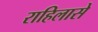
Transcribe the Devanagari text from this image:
राहिलासे